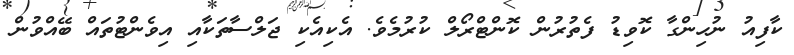
ކާފިއު ނުހިންގާ ކޮވިޑު ފެތުރުން ކޮންޓްރޯލް ކުރުމެވެ. އެކިއެކި ޖަލްސާތަކާއި އިވެންޓުތައް ބޭއްވުން